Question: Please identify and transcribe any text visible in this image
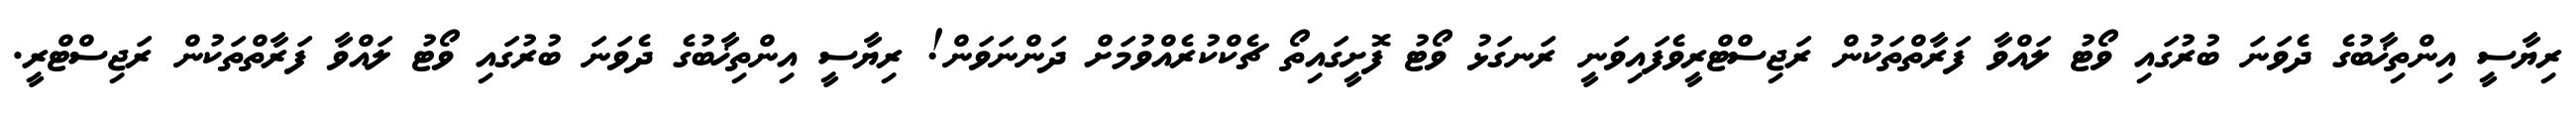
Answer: ރިޔާސީ އިންތިޚާބުގެ ދެވަނަ ބުރުގައި ވޯޓު ލައްވާ ފަރާތްތަކުން ރަޖިސްޓްރީވެފައިވަނީ ރަނގަޅު ވޯޓު ފޮށީގައިތޯ ޗެކްކުރެއްވުމަށް ދަންނަވަން! ރިޔާސީ އިންތިޚާބުގެ ދެވަނަ ބުރުގައި ވޯޓު ލައްވާ ފަރާތްތަކުން ރަޖިސްޓްރީ.